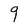
Character: 9